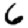
Digit: 6